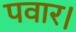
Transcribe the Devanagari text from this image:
पवार।